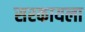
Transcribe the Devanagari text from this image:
सरकायला